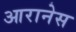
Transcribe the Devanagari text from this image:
आरानेस